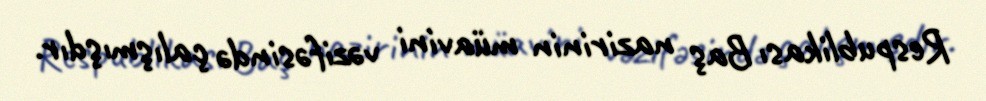
Respublikası Baş nazirinin müavini vəzifəsində çalışmışdır.